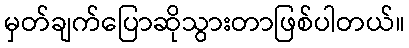
မှတ်ချက်ပြောဆိုသွားတာဖြစ်ပါတယ်။